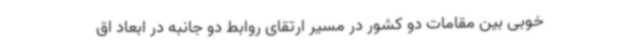
خوبی بین مقامات دو کشور در مسیر ارتقای روابط دو جانبه در ابعاد اق